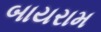
બાયરામ